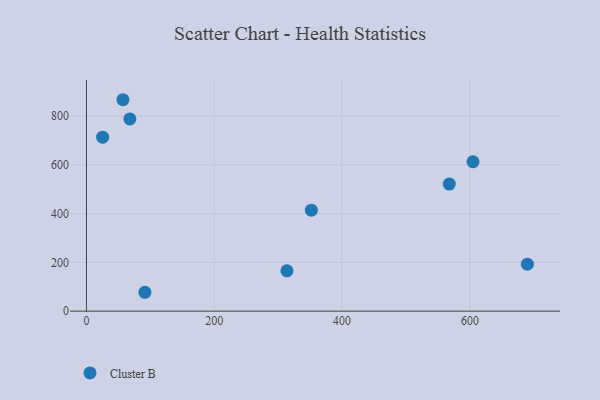
{"axis": {"x": "Experience", "y": "Fuel Efficiency"}, "legend": ["Cluster B"], "data": [{"x": "67.9", "y": 788.0, "type": "Cluster B"}, {"x": "57.1", "y": 866.5, "type": "Cluster B"}, {"x": "604.8", "y": 612.3, "type": "Cluster B"}, {"x": "91.5", "y": 77.3, "type": "Cluster B"}, {"x": "351.9", "y": 413.7, "type": "Cluster B"}, {"x": "567.7", "y": 520.9, "type": "Cluster B"}, {"x": "313.7", "y": 165.2, "type": "Cluster B"}, {"x": "25.3", "y": 713.0, "type": "Cluster B"}, {"x": "689.9", "y": 192.3, "type": "Cluster B"}]}